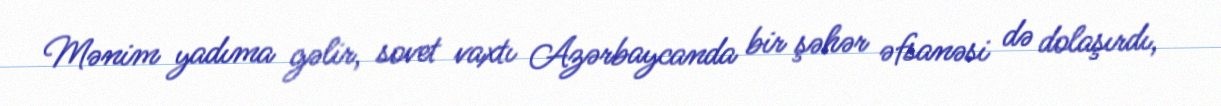
Mənim yadıma gəlir, sovet vaxtı Azərbaycanda bir şəhər əfsanəsi də dolaşırdı,